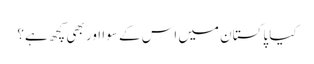
کیا پاکستان میں اس کے سوا اور بھی کچھ ہے؟